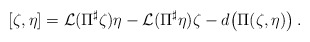
\begin{align*} [\zeta,\eta]={\cal L}(\Pi^\sharp\zeta)\eta -{\cal L}(\Pi^\sharp\eta)\zeta -d\bigl(\Pi(\zeta,\eta)\bigr)\,. \end{align*}